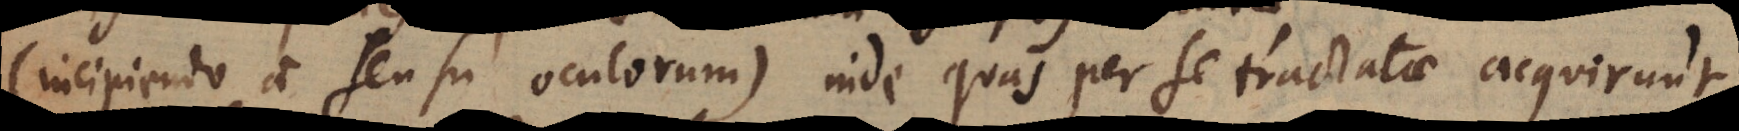
(incipiendo a sensu oculorum) inde quas per se tractatae acquirunt